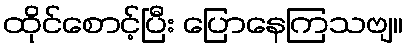
ထိုင်စောင့်ပြီး ပြောနေကြသဗျ။